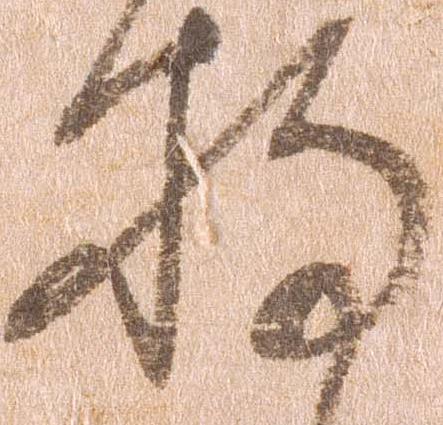
持